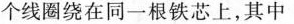
个线圈绕在同一根铁芯上，其中